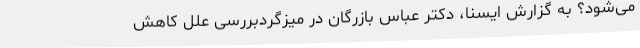
می‌شود؟ به گزارش ایسنا، دکتر عباس بازرگان در میزگردبررسی علل کاهش